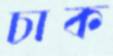
চাক